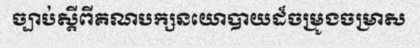
ច្បាប់ស្តីពីគណបក្សនយោបាយដ៏ចម្រូងចម្រាស